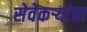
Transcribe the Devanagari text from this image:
सेवेकऱ्यांचा